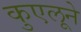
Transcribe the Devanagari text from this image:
कुएलूने